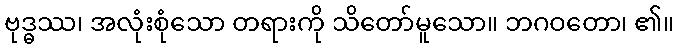
ဗုဒ္ဓဿ၊ အလုံးစုံသော တရားကို သိတော်မူသော။ ဘဂဝတော၊ ၏။